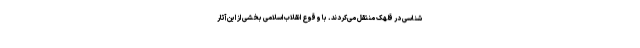
‌شناسی در قلهک منتقل می‌کردند. با وقوع انقلاب اسلامی بخشی از این آثار